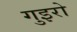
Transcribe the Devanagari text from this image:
गुइरो